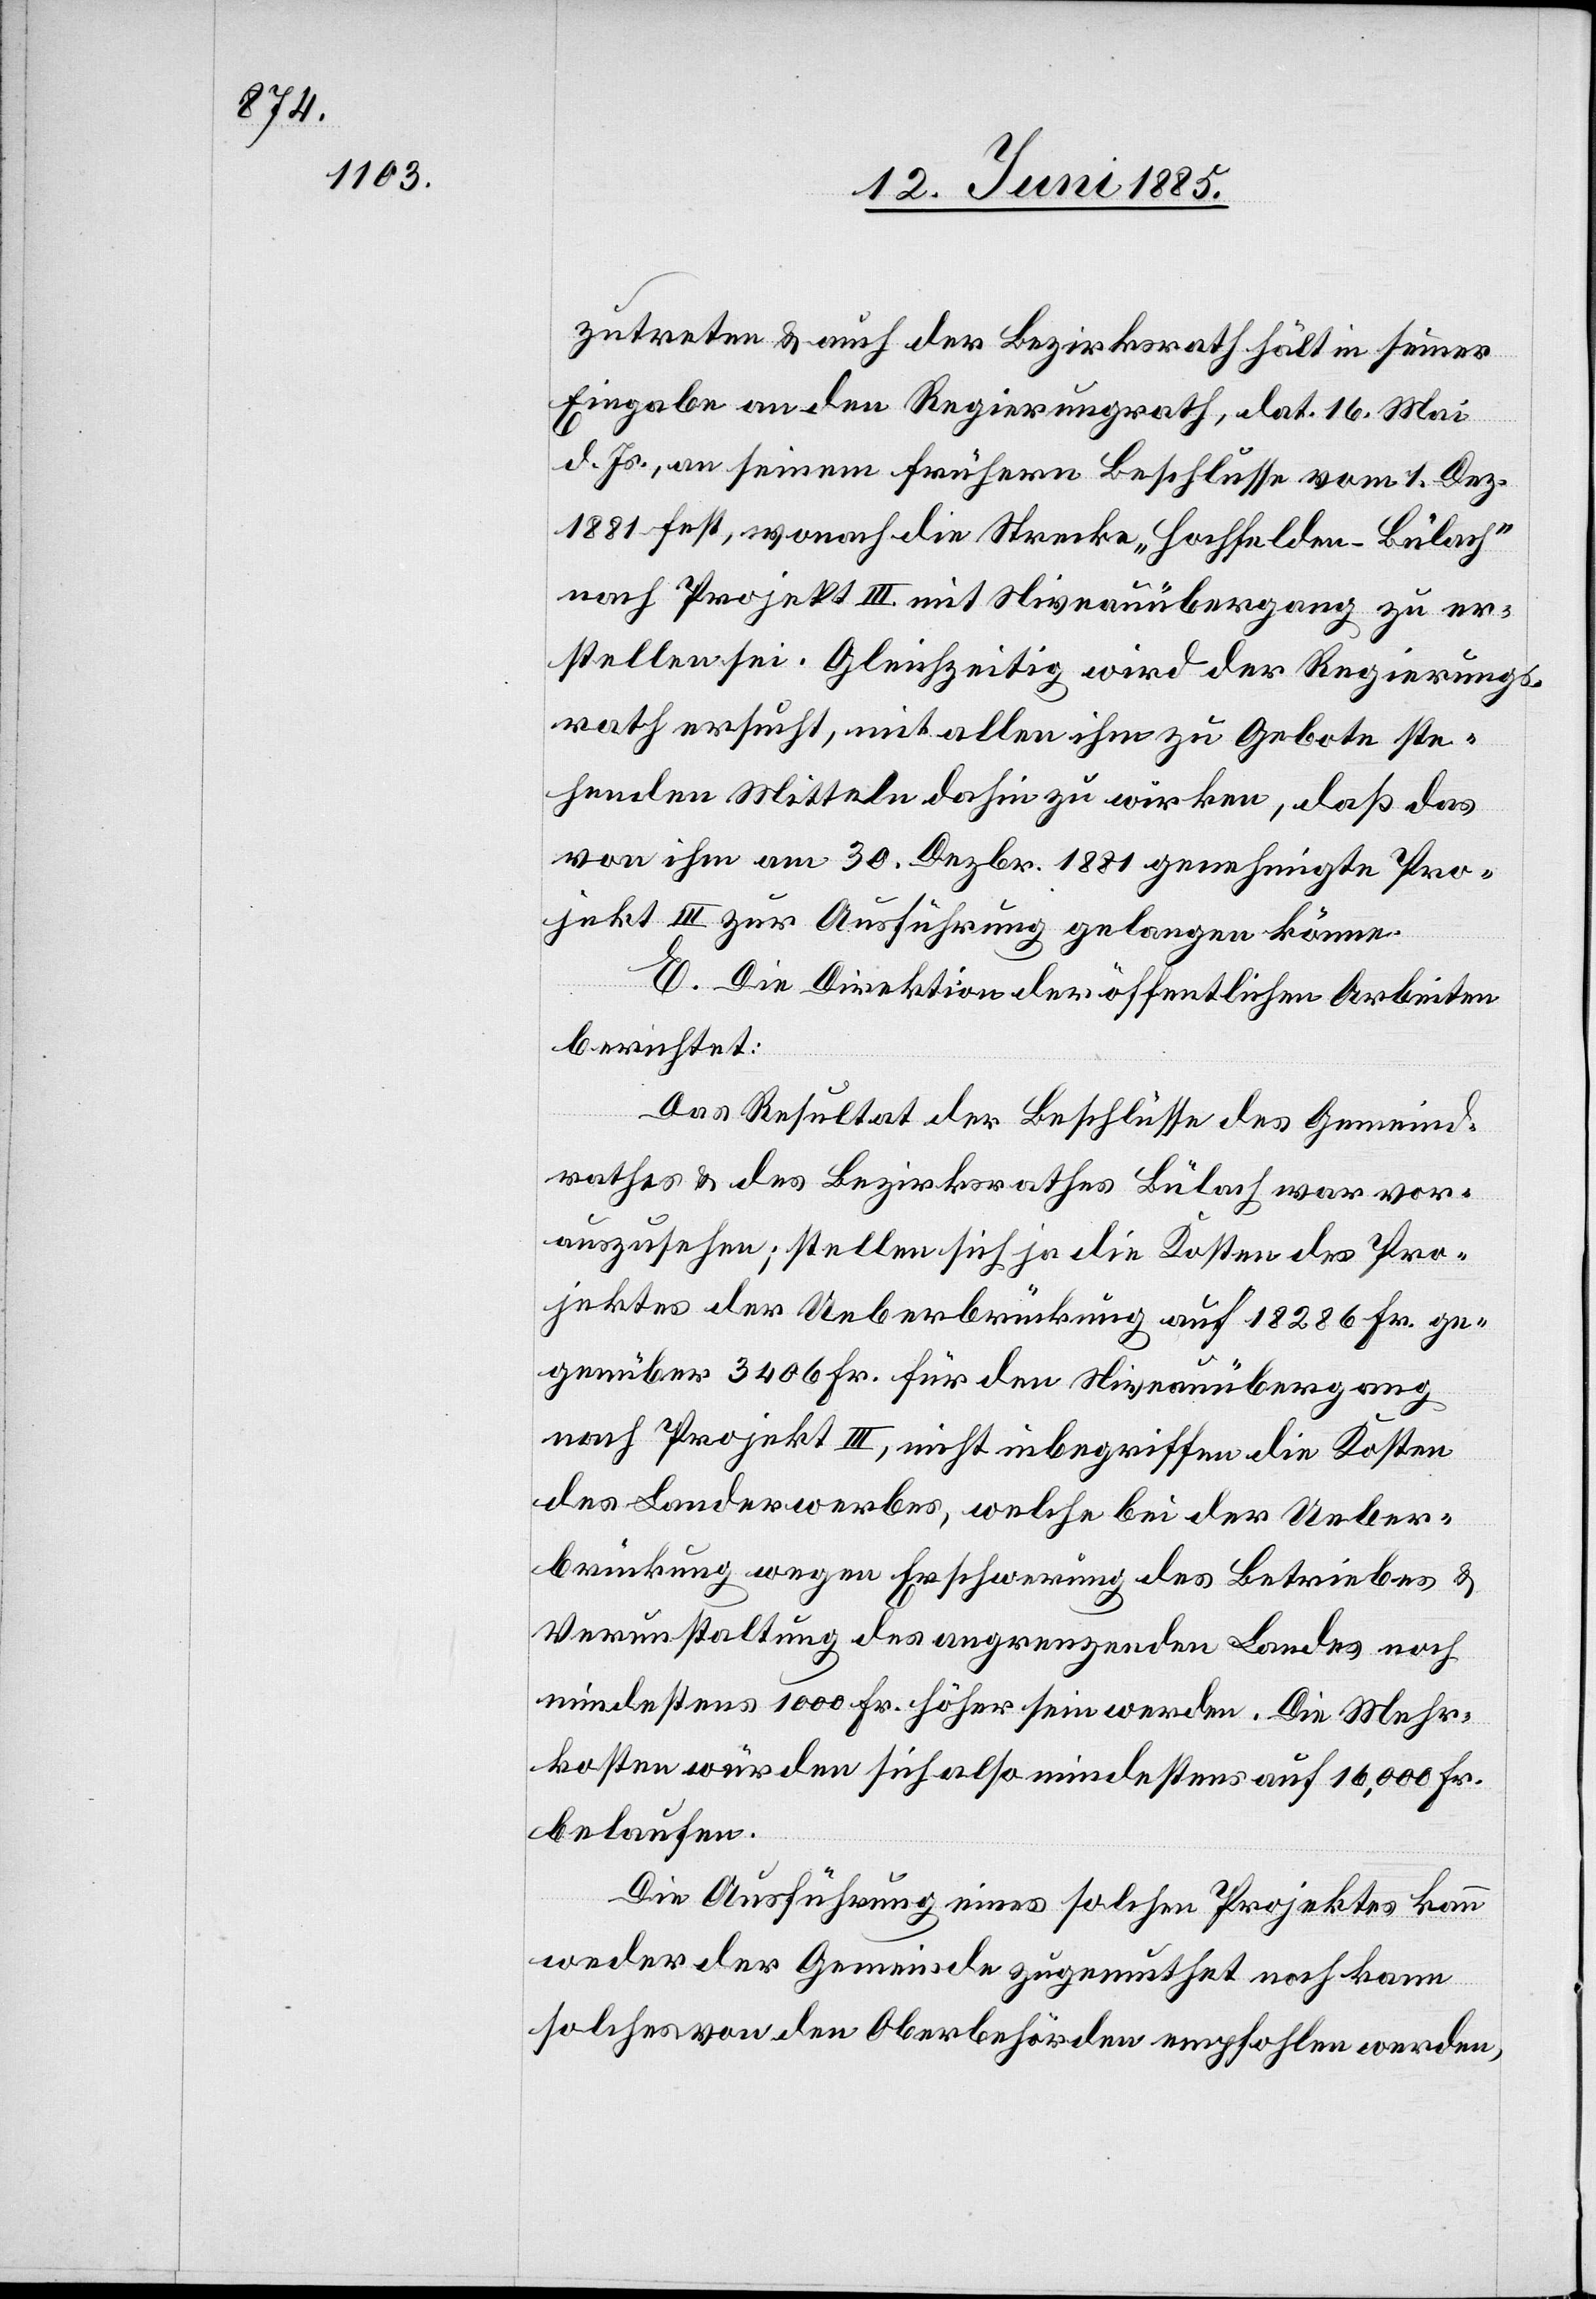
zutreten & auch der Bezirksrath hält in seiner
Eingabe an den Regierungsrath, dat. 16. Mai
d. Js., an seinem frühern Beschlusse vom 1. Dez.
1881 fest, wonach die Strecke „Hochfelden–Bülach“
nach Projekt III mit Niveauübergang zu er¬
stellen sei. Gleichzeitig wird der Regierungs¬
rath ersucht, mit allen ihm zu Gebote ste¬
henden Mitteln dahin zu wirken, daß das
von ihm am 30. Dezbr. 1881 genehmigte Pro¬
jekt III zur Ausführung gelangen könne.
F. Die Direktion der öffentlichen Arbeiten
berichtet:
Das Resultat der Beschlüsse des Gemeind¬
rathes & des Bezirksrathes Bülach war vor¬
auszusehen; stellen sich ja die Kosten des Pro¬
jektes der Ueberbrückung auf 18286 Fr. ge¬
genüber 3406 Fr. für den Niveauübergang
nach Projekt III, nicht inbegriffen die Kosten
des Landerwerbes, welche bei der Ueber¬
brückung wegen Erschwerung des Betriebes &
Verunstaltung des angrenzenden Landes noch
mindestens 1000 Fr. höher sein werden. Die Mehr¬
kosten würden sich also mindestens auf 16,000 Fr.
belaufen.
Die Ausführung eines solchen Projektes kann
weder der Gemeinde zugemuthet noch kann
solches von den Oberbehörden empfohlen werden,